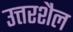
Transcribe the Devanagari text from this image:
उत्तरशैल